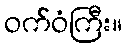
ဝက်ဝံကြီး။